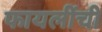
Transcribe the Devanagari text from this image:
फायलींची